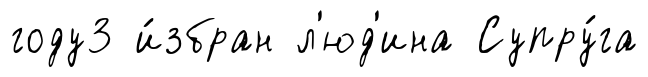
году3 и́збран л'юд'ина Супру́га